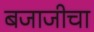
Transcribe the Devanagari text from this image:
बजाजीचा